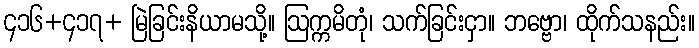
၄၁၆+၄၁၇+ မြဲခြင်းနိယာမသို့။ ဩက္ကမိတုံ၊ သက်ခြင်းငှာ။ ဘဗ္ဗော၊ ထိုက်သနည်း။